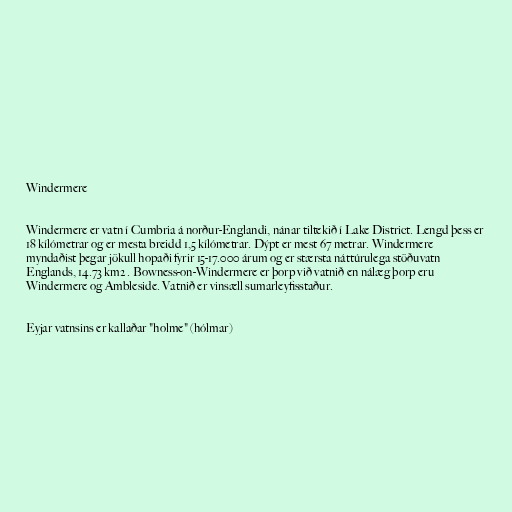
Windermere

Windermere er vatn í Cumbria á norður-Englandi, nánar tiltekið í Lake District. Lengd þess er
18 kílómetrar og er mesta breidd 1,5 kílómetrar. Dýpt er mest 67 metrar. Windermere
myndaðist þegar jökull hopaði fyrir 15-17.000 árum og er stærsta náttúrulega stöðuvatn
Englands, 14.73 km2 . Bowness-on-Windermere er þorp við vatnið en nálæg þorp eru
Windermere og Ambleside. Vatnið er vinsæll sumarleyfisstaður.

Eyjar vatnsins er kallaðar "holme" (hólmar)